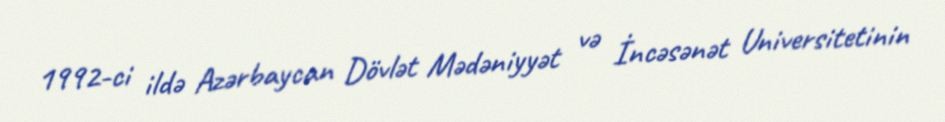
1992-ci ildə Azərbaycan Dövlət Mədəniyyət və İncəsənət Universitetinin